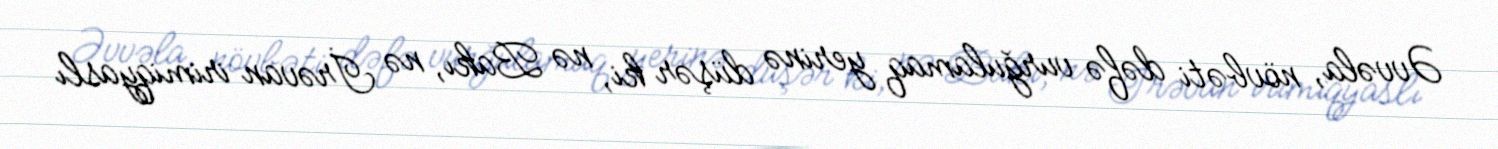
Əvvəla, növbəti dəfə vurğulamaq yerinə düşər ki, nə Bakı, nə İrəvan irimiqyaslı